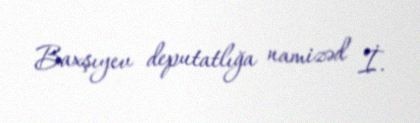
Baxşıyev deputatlığa namizəd İ.